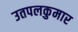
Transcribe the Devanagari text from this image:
उतपलकुमार